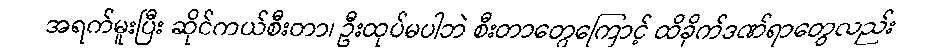
အရက်မူးပြီး ဆိုင်ကယ်စီးတာ၊ ဦးထုပ်မပါဘဲ စီးတာတွေကြောင့် ထိခိုက်ဒဏ်ရာတွေလည်း